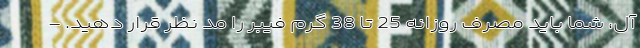
آل، شما باید مصرف روزانه 25 تا 38 گرم فیبر را مد نظر قرار دهید. -